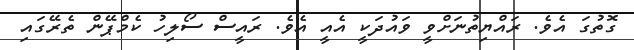
ގޮތުގަ އެވެ. ރައްޔިތުނަށްވީ ވައުދަކީ އެއީ އެވެ. ރައީސް ސޯލިހު ކެމްޕޭން ތެރޭގައި